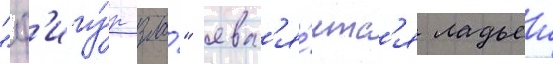
"ф'игу́р зла́" явл'я́етс'я ладьеи